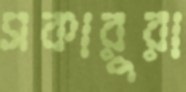
সকারুরা